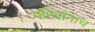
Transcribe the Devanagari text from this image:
गरिबांनाच